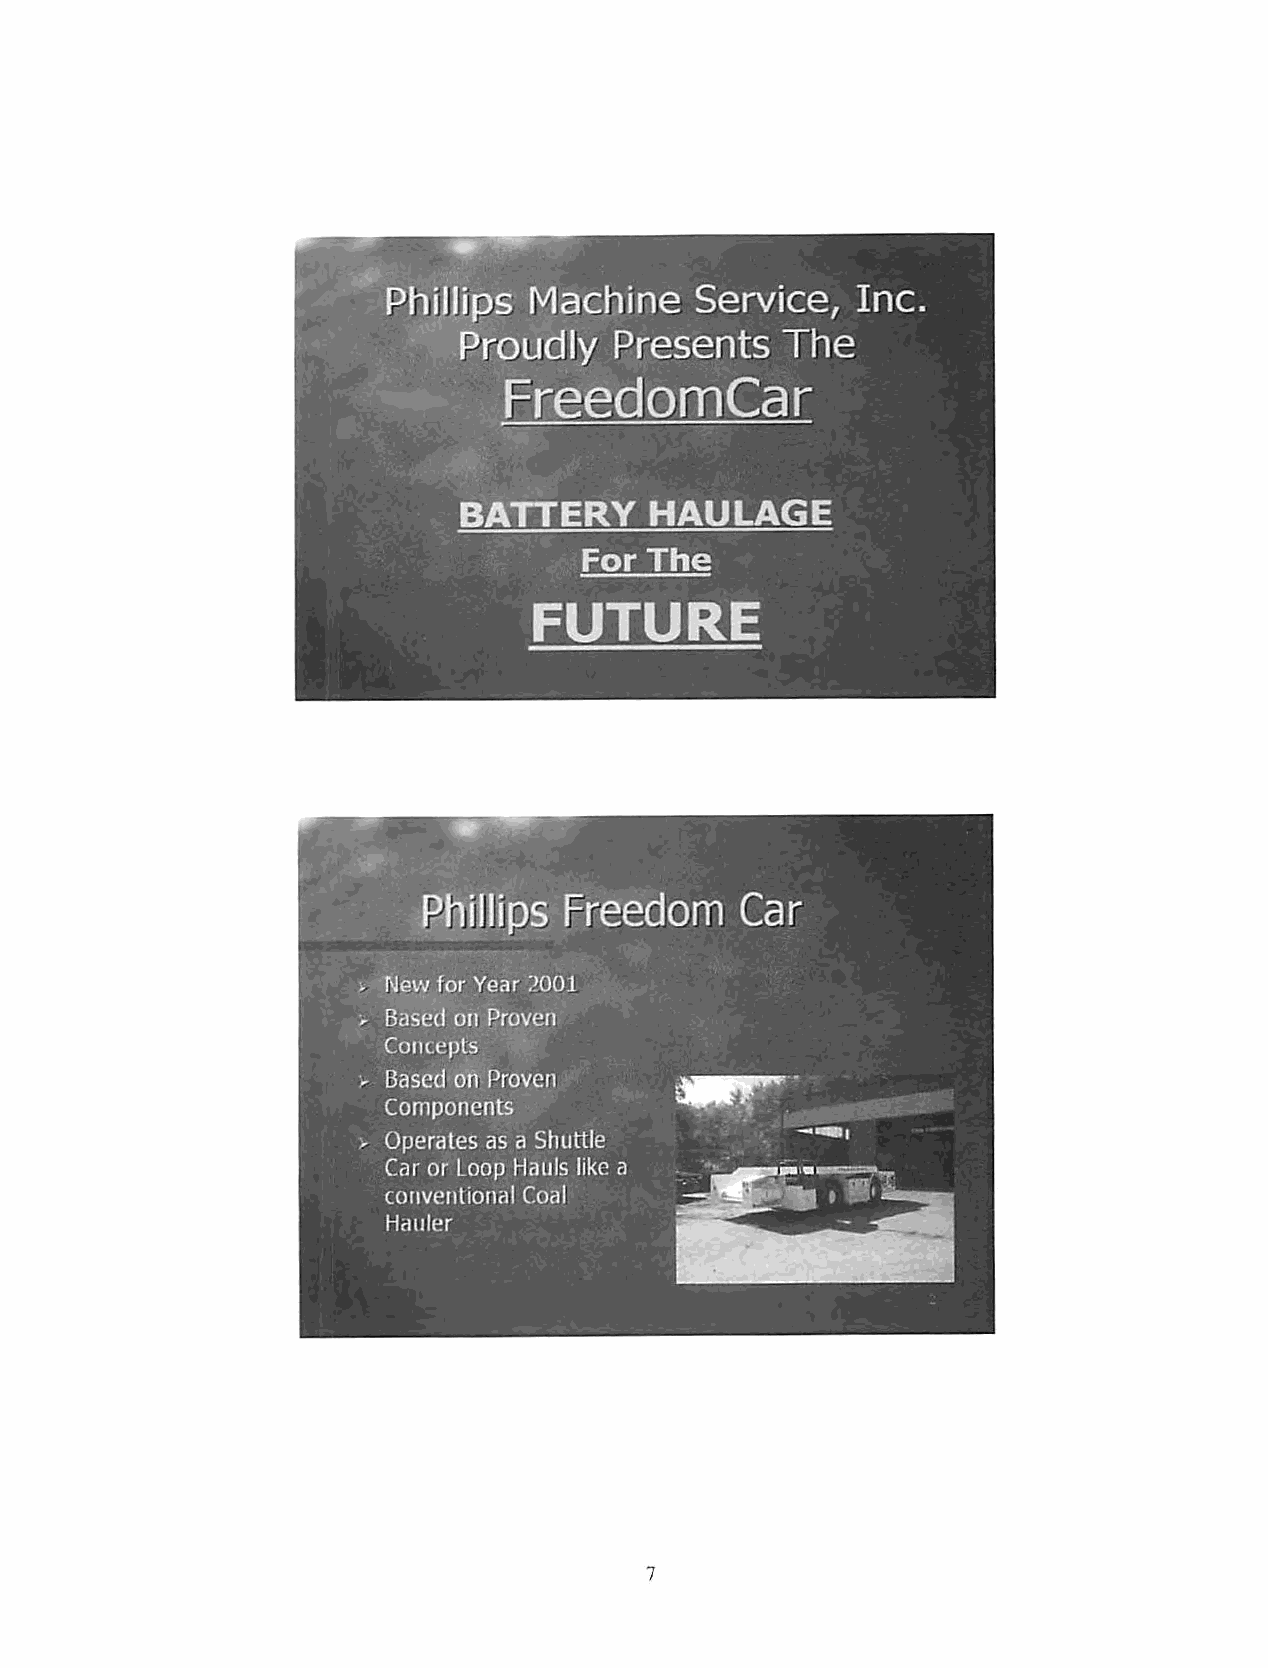
Phillips Machine    Service,   Inc.
 Proudly    Presents   The
 FreedomCar
 BATTERY      HAULAGE
 For The
 FUTURE
 Dm  Car
 . New for Year 2001
 > Based on Proven
 Concepts
 > Basedon Proven     ,
 Components
 > Operates as a Shuttle
 Car or Loop Hauls likea
 conventional Coal
 Hauler